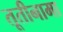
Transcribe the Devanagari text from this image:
तूतीनामा